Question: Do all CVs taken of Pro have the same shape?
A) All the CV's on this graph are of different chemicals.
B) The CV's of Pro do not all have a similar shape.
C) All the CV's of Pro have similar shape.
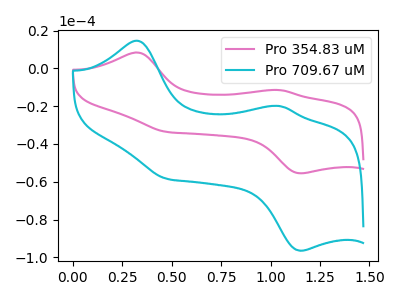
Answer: <think>The pink curve "Pro 354.83 uM" has anodic peaks at (0.30V, 8.45uA) (1.05V, -11.45uA) and cathodic peaks at (0.50V, -33.65uA) (1.15V, -55.55uA). The cyan curve "Pro 709.67 uM" has anodic peaks at (0.30V, 14.65uA) (1.05V, -19.90uA) and cathodic peaks at (0.50V, -58.50uA) (1.15V, -96.55uA).
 All the peaks in "Pro 354.83 uM" have a peak in "Pro 709.67 uM" at the same potential.</think>
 <answer>C) All the CV's of "Pro" have similar shape.</answer>
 <eval>C</eval>